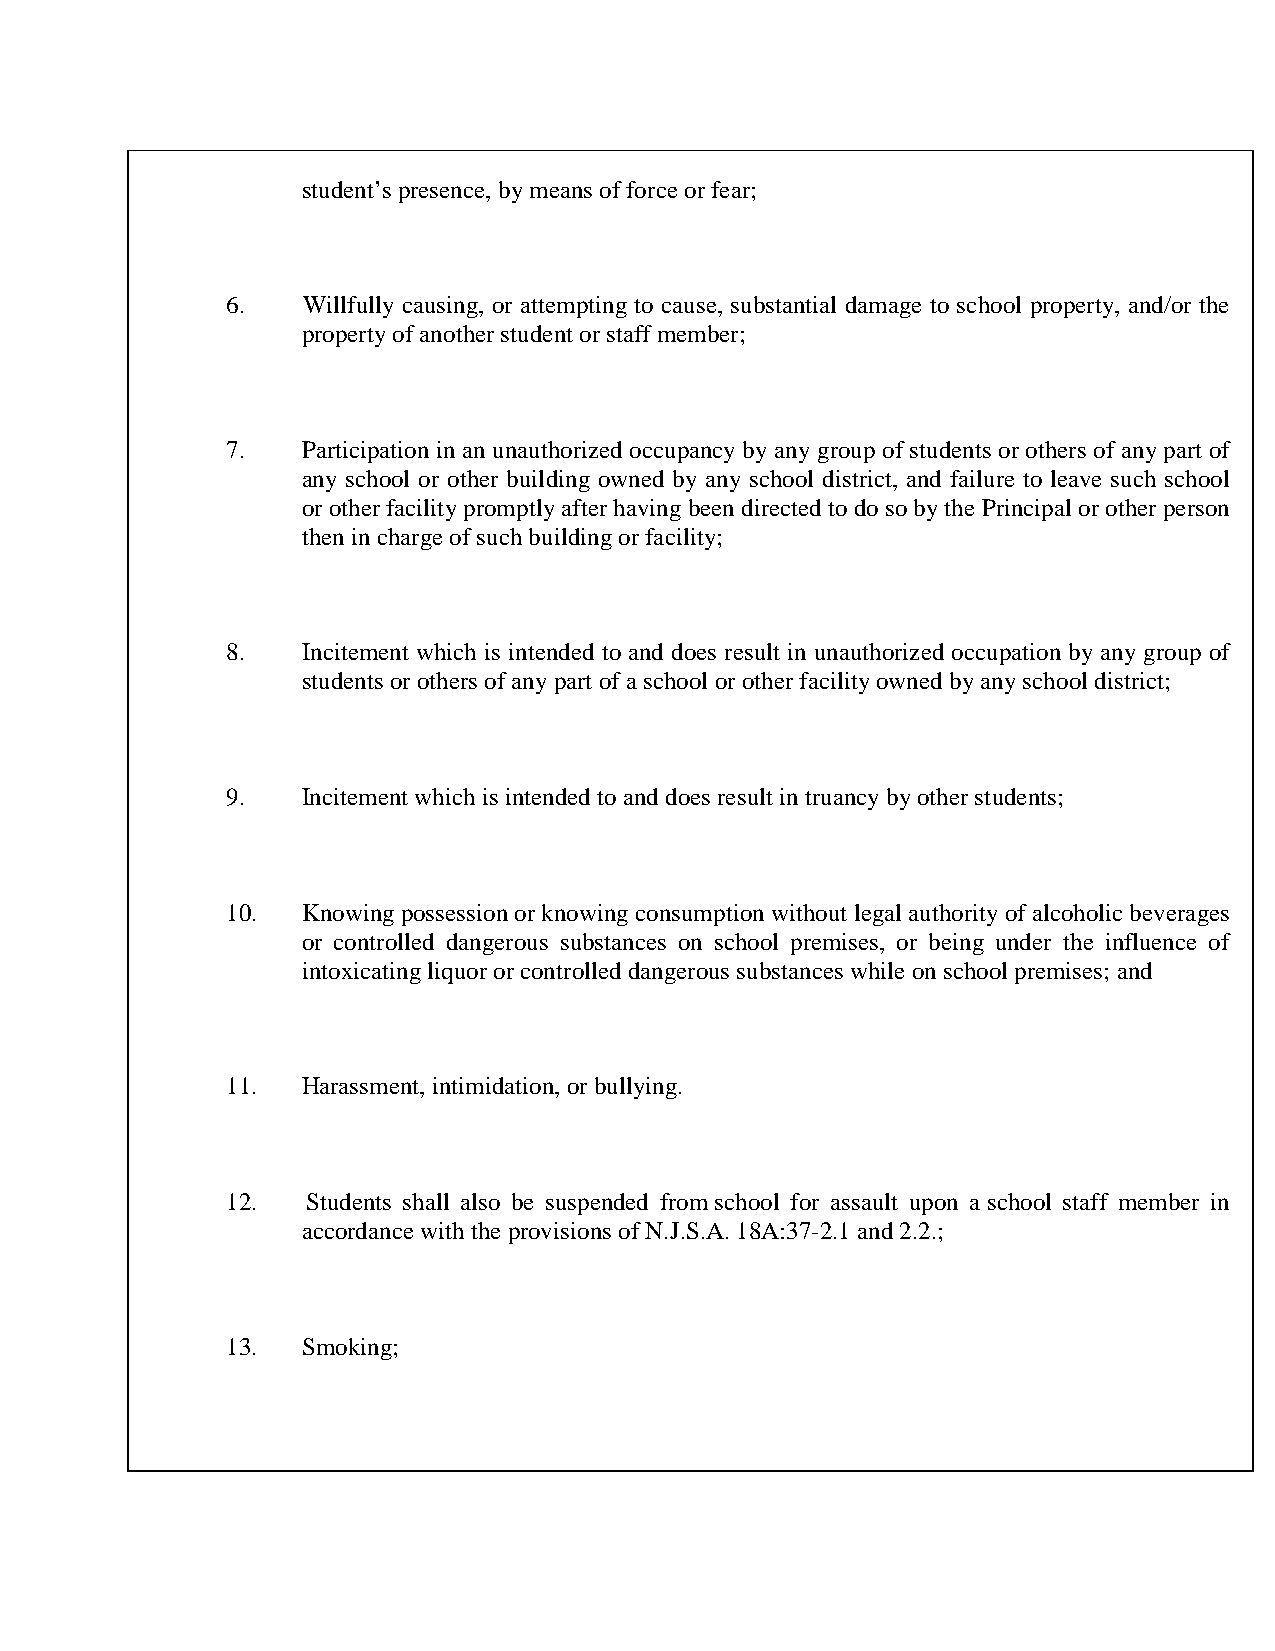
student’s presence, by means of force or fear;
 6.   Willfully causing, or attempting to cause, substantial damage to school property, and/or the
 property of another student or staff member;
 7.   Participation in an unauthorized occupancy by any group of students or others of any part of
 any school or other building owned by any school district, and failure to leave such school
 or other facility promptly after having been directed to do so by the Principal or other person
 then in charge of such building or facility;
 8.   Incitement which is intended to and does result in unauthorized occupation by any group of
 students or others of any part of a school or other facility owned by any school district;
 9.   Incitement which is intended to and does result in truancy by other students;
 10.  Knowing possession or knowing consumption without legal authority of alcoholic beverages
 or controlled dangerous substances on school premises, or being under the influence of
 intoxicating liquor or controlled dangerous substances while on school premises; and
 11.  Harassment, intimidation, or bullying.
 12.  Students shall also be suspended from school for assault upon a school staff member in
 accordance with the provisions of N.J.S.A. 18A:37-2.1 and 2.2.;
 13.  Smoking;